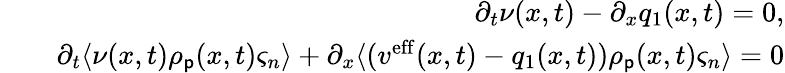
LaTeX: \begin{array}{rlr}&{}&{\partial_{t}\nu(x,t)-\partial_{x}q_{1}(x,t)=0,}\\ &{}&{\partial_{t}\langle\nu(x,t)\rho_{\mathsf{p}}(x,t)\varsigma_{n}\rangle+\partial_{x}\langle(v^{\mathrm{eff}}(x,t)-q_{1}(x,t))\rho_{\mathsf{p}}(x,t)\varsigma_{n}\rangle=0}\end{array}